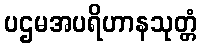
ပဌမအပရိဟာနသုတ္တံ